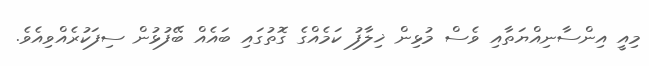
މިއީ އިންސާނިއްޔަތާއި ވެސް މުޅިން ޚިލާފު ކަމެއްގެ ގޮތުގައި ބައެއް ބޭފުޅުން ސިފަކުރެއްވިއެވެ.